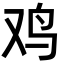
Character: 鸡